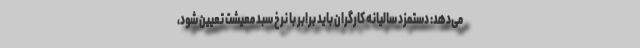
می‌دهد: دستمزد سالیانه کارگران باید برابر با نرخ سبد معیشت تعیین شود،